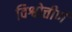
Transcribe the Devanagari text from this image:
विश्वोत्तीर्ण